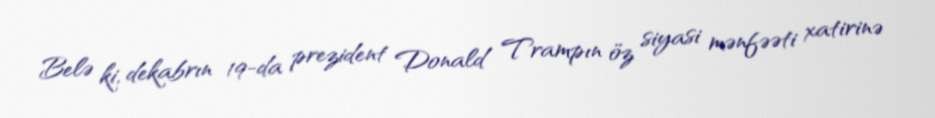
Belə ki, dekabrın 19-da prezident Donald Trampın öz siyasi mənfəəti xatirinə